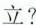
立?